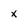
Character: x